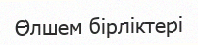
Өлшем бірліктері